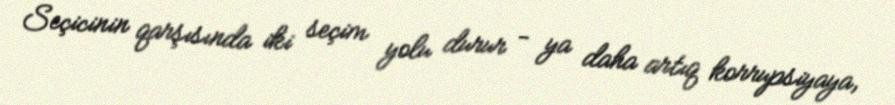
Seçicinin qarşısında iki seçim yolu durur - ya daha artıq korrupsiyaya,